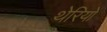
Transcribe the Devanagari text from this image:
थेरियो